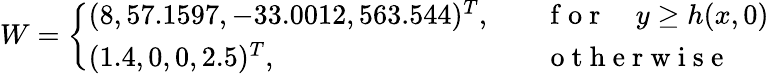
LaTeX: W=\left\{ \begin{array}{ll}{(8,57.1597,-33.0012,563.544)^{T},\quad}&{\mathrm{~f~o~r~}\quad y\geq h(x,0)}\\ {(1.4,0,0,2.5)^{T},\quad}&{\mathrm{~o~t~h~e~r~w~i~s~e~}}\end{array}\right.